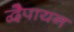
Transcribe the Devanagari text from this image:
द्वेैपायन